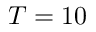
T = 1 0